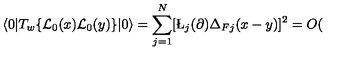
\langle 0 | T _ { w } \{ { \cal L } _ { 0 } ( x ) { \cal L } _ { 0 } ( y ) \} | 0 \rangle = \sum _ { j = 1 } ^ { N } \lbrack \L _ { j } ( \partial ) \Delta _ { F j } ( x - y ) \rbrack ^ { 2 } = O (